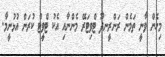
މިހެން ވާނީ ތަމެން ރަންރީނދޫ ޓްވިޓަރޭ މެންނާއި އެކު ޓްވީޓް ކުރަން އުޅުނީމާ.